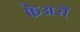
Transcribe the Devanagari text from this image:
फेअरों